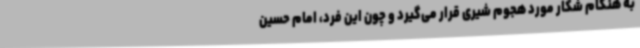
به هنگام شکار مورد هجوم شیری قرار می‌گیرد و چون این فرد، امام حسین